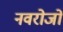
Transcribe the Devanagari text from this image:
नवरोजों